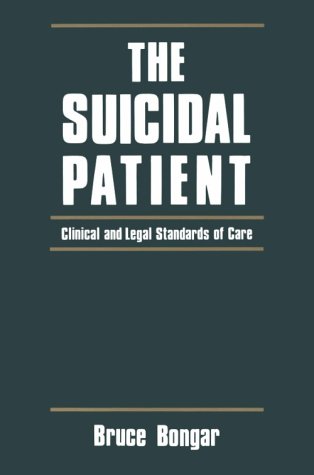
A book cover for The Suicidal Patient: Clinical and Legal Standards of Care (Home Study Programs); Bruce Bongar; Law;